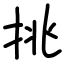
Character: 挑